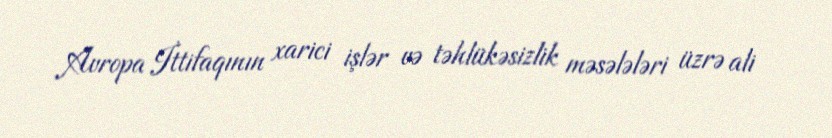
Avropa İttifaqının xarici işlər və təhlükəsizlik məsələləri üzrə ali